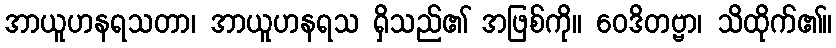
အာယူဟနရသတာ၊ အာယူဟနရသ ရှိသည်၏ အဖြစ်ကို။ ဝေဒိတဗ္ဗာ၊ သိထိုက်၏။